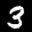
Label: 3